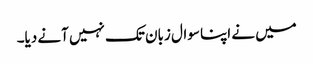
میں نے اپنا سوال زبان تک نہیں آنے دیا۔